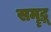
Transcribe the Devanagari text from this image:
समॄद्ध्